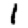
Digit: 1